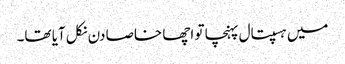
میں ہسپتال پہنچا تو اچھا خاصا دن نکل آیا تھا۔